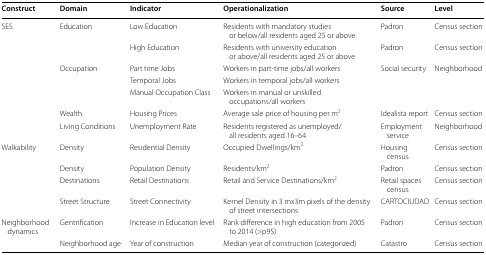
<table><thead><tr><td><b>Construct</b></td><td><b>Domain</b></td><td><b>Indicator</b></td><td><b>Operationalization</b></td><td><b>Source</b></td><td><b>Level</b></td></tr></thead><tbody><tr><td>SES</td><td>Education</td><td>Low Education</td><td>Residents with mandatory studies or below/all residents aged 25 or above</td><td>Padron</td><td>Census section</td></tr><tr><td></td><td></td><td>High Education</td><td>Residents with university education or above/all residents aged 25 or above</td><td>Padron</td><td>Census section</td></tr><tr><td></td><td>Occupation</td><td>Part time Jobs</td><td>Workers in part-time jobs/all workers</td><td>Social security</td><td>Neighborhood</td></tr><tr><td></td><td></td><td>Temporal Jobs</td><td>Workers in temporal jobs/all workers</td><td></td><td></td></tr><tr><td></td><td></td><td>Manual Occupation Class</td><td>Workers in manual or unskilled occupations/all workers</td><td></td><td></td></tr><tr><td></td><td>Wealth</td><td>Housing Prices</td><td>Average sale price of housing per m<sup>2</sup></td><td>Idealista report</td><td>Census section</td></tr><tr><td></td><td>Living Conditions</td><td>Unemployment Rate</td><td>Residents registered as unemployed/all residents aged 16–64</td><td>Employment service</td><td>Neighborhood</td></tr><tr><td>Walkability</td><td>Density</td><td>Residential Density</td><td>Occupied Dwellings/km<sup>2</sup></td><td>Housing census</td><td>Census section</td></tr><tr><td></td><td>Density</td><td>Population Density</td><td>Residents/km<sup>2</sup></td><td>Padron</td><td>Census section</td></tr><tr><td></td><td>Destinations</td><td>Retail Destinations</td><td>Retail and Service Destinations/km<sup>2</sup></td><td>Retail spaces census</td><td>Census section</td></tr><tr><td></td><td>Street Structure</td><td>Street Connectivity</td><td>Kernel Density in 3 mx3m pixels of the density of street intersections</td><td>CARTOCIUDAD</td><td>Census section</td></tr><tr><td>Neighborhood dynamics</td><td>Gentrification</td><td>Increase in Education level</td><td>Rank difference in high education from 2005 to 2014 (&gt;p95)</td><td>Padron</td><td>Census section</td></tr><tr><td></td><td>Neighborhood age</td><td>Year of construction</td><td>Median year of construction (categorized)</td><td>Catastro</td><td>Census section</td></tr></tbody></table>